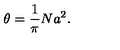
\theta = \frac { 1 } { \pi } N a ^ { 2 } .